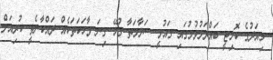
މިއަދުގެ ކޮމިޓީ ބައްދަލުވުމުގައި ގައުމީ ސަލާމަތާ ގުޅޭ ގިނަ ވާހަކަތަކެއް ދައްކާނެތީ ކުރިއަށް